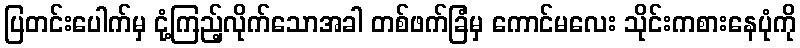
ပြတင်းပေါက်မှ ငုံ့ကြည့်လိုက်သောအခါ တစ်ဖက်ခြံမှ ကောင်မလေး သိုင်းကစားနေပုံကို